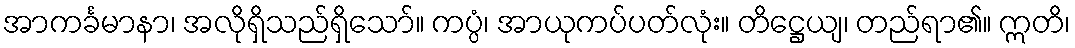
အာကင်္ခမာနာ၊ အလိုရှိသည်ရှိသော်။ ကပ္ပံ၊ အာယုကပ်ပတ်လုံး။ တိဋ္ဌေယျ၊ တည်ရာ၏။ ဣတိ၊